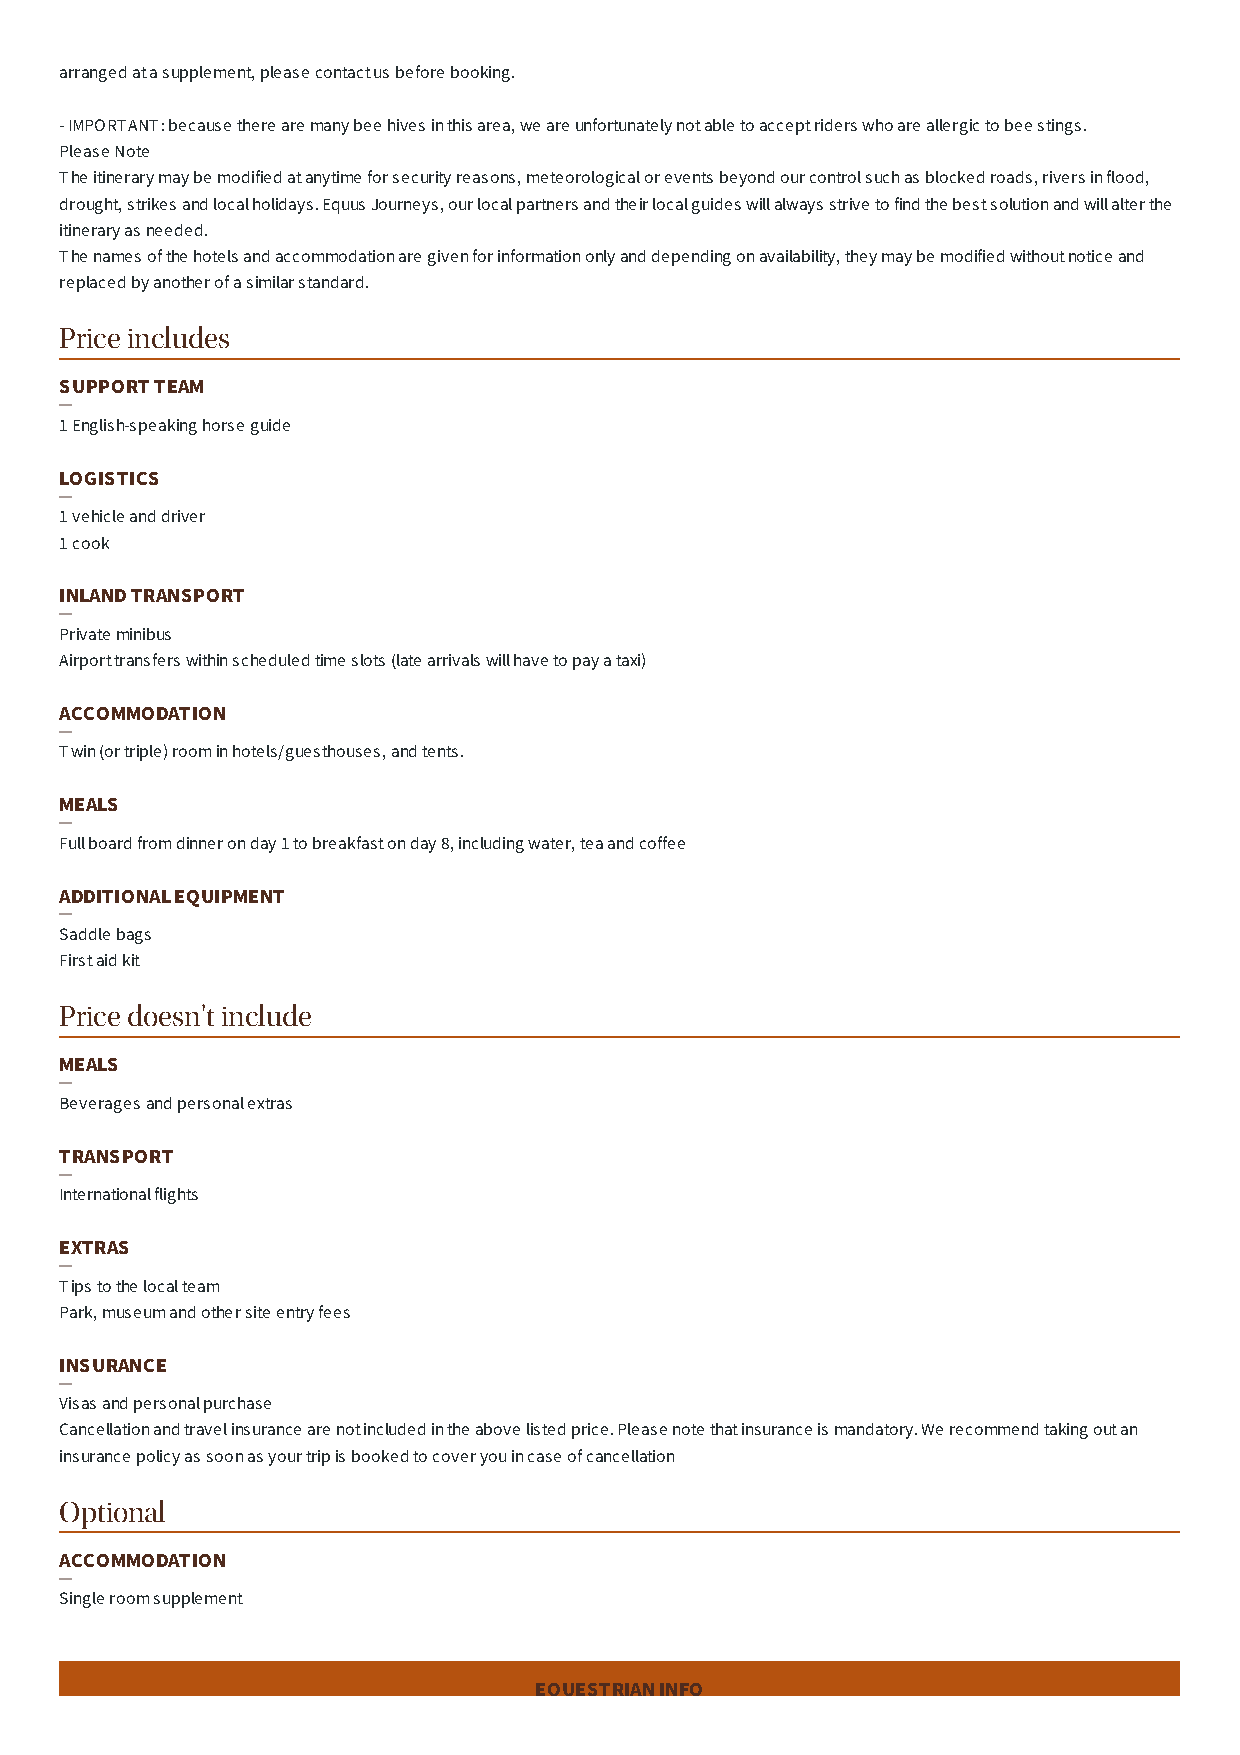
arranged at a supplement, please contact us before booking.
 - IMPORTANT: because there are many bee hives in this area, we are unfortunately not able to accept riders who are allergic to bee stings.
 Please Note
 The itinerary may be modified at anytime for security reasons, meteorological or events beyond our control such as blocked roads, rivers in flood,
 drought, strikes and local holidays. Equus Journeys, our local partners and their local guides will always strive to find the best solution and will alter the
 itinerary as needed.
 The names of the hotels and accommodation are given for information only and depending on availability, they may be modified without notice and
 replaced by another of a similar standard.
 Price includes
 SUPPORT TEAM
 1 English-speaking horse guide
 LOGISTICS
 1 vehicle and driver
 1 cook
 INLAND TRANSPORT
 Private minibus
 Airport transfers within scheduled time slots (late arrivals will have to pay a taxi)
 ACCOMMODATION
 Twin (or triple) room in hotels/guesthouses, and tents.
 MEALS
 Full board from dinner on day 1 to breakfast on day 8, including water, tea and coffee
 ADDITIONAL EQUIPMENT
 Saddle bags
 First aid kit
 Price doesn't include
 MEALS
 Beverages and personal extras
 TRANSPORT
 International flights
 EXTRAS
 Tips to the local team
 Park, museum and other site entry fees
 INSURANCE
 Visas and personal purchase
 Cancellation and travel insurance are not included in the above listed price. Please note that insurance is mandatory. We recommend taking out an
 insurance policy as soon as your trip is booked to cover you in case of cancellation
 Optional
 ACCOMMODATION
 Single room supplement
 EQUESTRIAN INFO